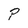
Character: P